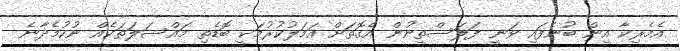
އެމެރިކާ އިން ބުނެފައި ވަނީ ފަލަސްތީނުން އެގޮތަށް އަމަލުކުރުމަކީ ބޮޑެތި މައްސަލަތަކެއް ނުކުމެދާނެ